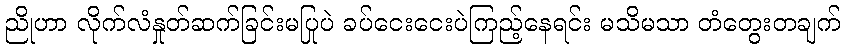
ညိုဟာ လိုက်လံနှုတ်ဆက်ခြင်းမပြုပဲ ခပ်ငေးငေးပဲကြည့်နေရင်း မသိမသာ တံတွေးတချက်